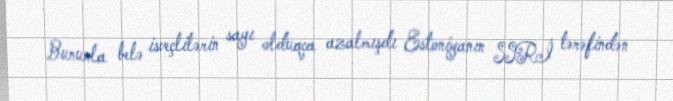
Bununla belə isveçlilərin sayı olduqca azalmışdı Estoniyanın SSRİ tərəfindən